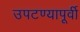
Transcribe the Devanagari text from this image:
उपटण्यापूर्वी